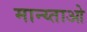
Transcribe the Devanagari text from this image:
मान्य्ताओ